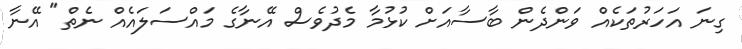
ގިނަ އަހަރުތަކެއް ވަންދެން ބާސާއަށް ކުޅުމާ މެދުވެސް އޭނާގެ މައްސަލައެއް ނެތް" އޭނާ